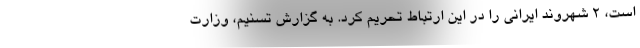
است، ۲ شهروند ایرانی را در این ارتباط تحریم کرد. به گزارش تسنیم، وزارت